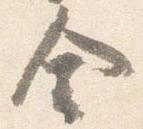
舎